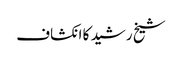
شیخ رشید کا انکشاف